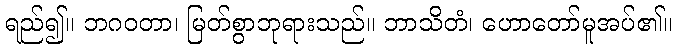
ရည်၍။ ဘဂဝတာ၊ မြတ်စွာဘုရားသည်။ ဘာသိတံ၊ ဟောတော်မူအပ်၏။